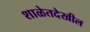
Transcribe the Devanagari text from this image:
शाळेतदेखील